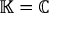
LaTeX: \mathbb { K } = \mathbb { C }